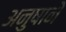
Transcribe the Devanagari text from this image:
अनुषाने